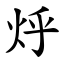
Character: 烀